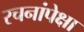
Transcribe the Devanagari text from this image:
रचनांपेक्षा